Scottish Leaving Certificate Examination, 1958
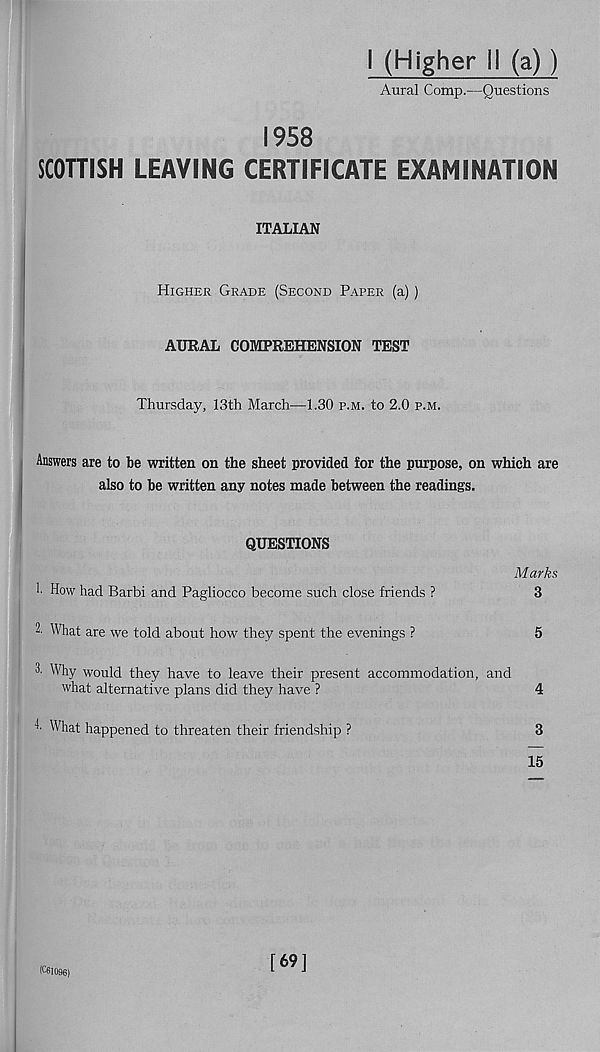
I (Higher 11 (a) )
Aural Comp.—Questions
1958
SCOTTISH LEAVING CERTIFICATE EXAMINATION
ITALIAN
Higher Grade (Second Paper (a))
AURAL COMPREHENSION TEST
Thursday, 13th March—1.30 p.m. to 2.0 p.m.
Answers are to be written on the sheet provided for the purpose, on which are
also to be written any notes made between the readings.
QUESTIONS
Marks
1. How had Barbi and Pagliocco become such close friends ?
3
^ What are we told about how they spent the evenings ?
5
3. Why would they have to leave their present accommodation, and
what alternative plans did they have ?
4
3- What happened to threaten their friendship ?
3
15
[69]